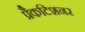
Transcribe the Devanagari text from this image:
प्रैकटिशनर